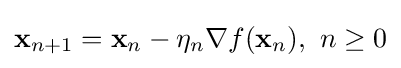
\mathbf {x} _{n+1}=\mathbf {x} _{n}-\eta _{n}\nabla f(\mathbf {x} _{n}),\ n\geq 0